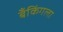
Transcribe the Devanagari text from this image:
बँकिंगला